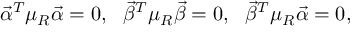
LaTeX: { \vec { \alpha } } ^ { T } \mu _ { R } { \vec { \alpha } } = 0 , \ \ { \vec { \beta } } ^ { T } \mu _ { R } { \vec { \beta } } = 0 , \ \ { \vec { \beta } } ^ { T } \mu _ { R } { \vec { \alpha } } = 0 ,